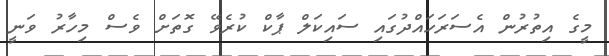
މީގެ އިތުރުން އެސަރަހައްދުގައި ސައިކަލް ޕާކް ކުރެވޭ ގޮތަށް ވެސް މިހާރު ވަނީ